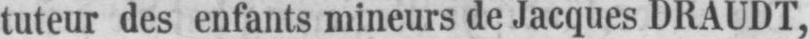
tuteur des enfants mineurs de Jacques DRAUDT,